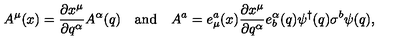
A ^ { \mu } ( x ) = \frac { \partial x ^ { \mu } } { \partial q ^ { \alpha } } A ^ { \alpha } ( q ) \quad \mathrm { a n d } \quad A ^ { a } = e _ { \mu } ^ { a } ( x ) \frac { \partial x ^ { \mu } } { \partial q ^ { \alpha } } e _ { b } ^ { \alpha } ( q ) \psi ^ { \dagger } ( q ) \sigma ^ { b } \psi ( q ) ,